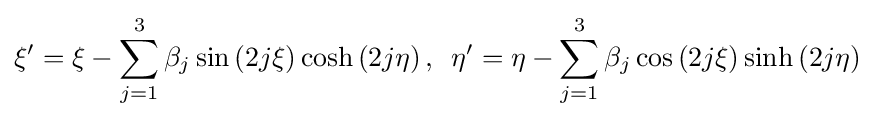
\xi '=\xi -\sum _{j=1}^{3}\beta _{j}\sin \left(2j\xi \right)\cosh \left(2j\eta \right),\,\,\,\eta '=\eta -\sum _{j=1}^{3}\beta _{j}\cos \left(2j\xi \right)\sinh \left(2j\eta \right)